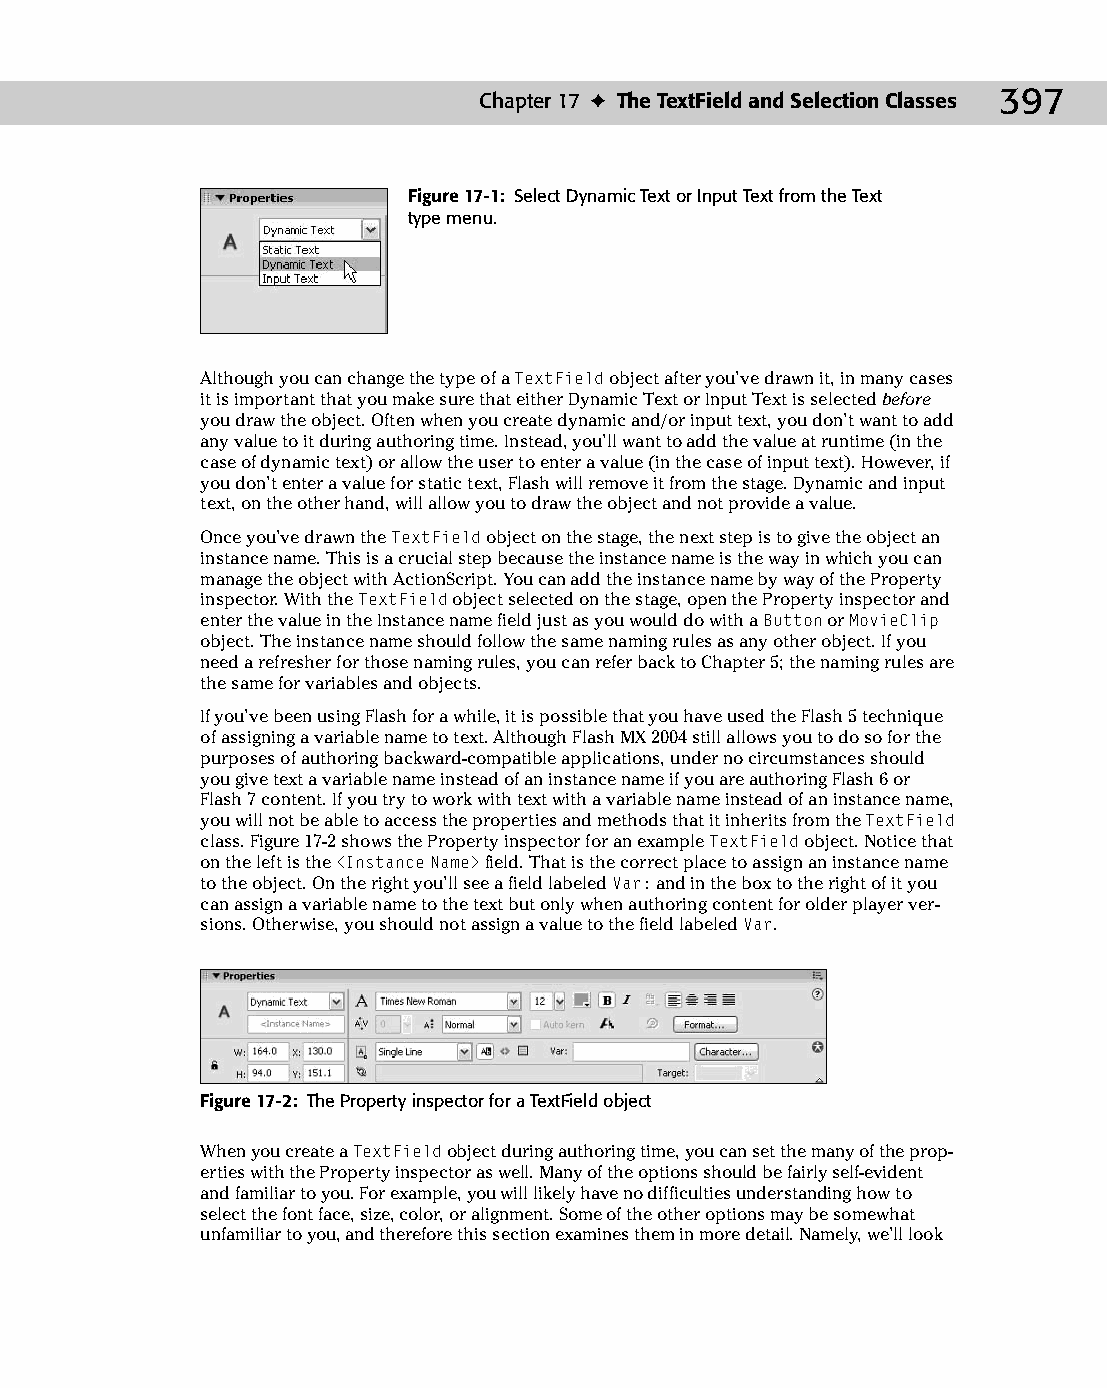
23 543547 ch17.qxd 3/24/04 4:11 PM Page 397
 Chapter 17 ✦ The TextField and Selection Classes 397
 Figure 17-1: Select Dynamic Text or Input Text from the Text
 type menu.
 Although you can change the type of a TextField object after you’ve drawn it, in many cases
 it is important that you make sure that either Dynamic Text or Input Text is selected before
 you draw the object. Often when you create dynamic and/or input text, you don’t want to add
 any value to it during authoring time. Instead, you’ll want to add the value at runtime (in the
 case of dynamic text) or allow the user to enter a value (in the case of input text). However, if
 you don’t enter a value for static text, Flash will remove it from the stage. Dynamic and input
 text, on the other hand, will allow you to draw the object and not provide a value.
 Once you’ve drawn the TextField object on the stage, the next step is to give the object an
 instance name. This is a crucial step because the instance name is the way in which you can
 manage the object with ActionScript. You can add the instance name by way of the Property
 inspector. With the TextField object selected on the stage, open the Property inspector and
 enter the value in the Instance name field just as you would do with a Button or MovieClip
 object. The instance name should follow the same naming rules as any other object. If you
 need a refresher for those naming rules, you can refer back to Chapter 5; the naming rules are
 the same for variables and objects.
 If you’ve been using Flash for a while, it is possible that you have used the Flash 5 technique
 of assigning a variable name to text. Although Flash MX 2004 still allows you to do so for the
 purposes of authoring backward-compatible applications, under no circumstances should
 you give text a variable name instead of an instance name if you are authoring Flash 6 or
 Flash 7 content. If you try to work with text with a variable name instead of an instance name,
 you will not be able to access the properties and methods that it inherits from the TextField
 class. Figure 17-2 shows the Property inspector for an example TextField object. Notice that
 on the left is the <Instance Name> field. That is the correct place to assign an instance name
 to the object. On the right you’ll see a field labeled Var: and in the box to the right of it you
 can assign a variable name to the text but only when authoring content for older player ver­
 sions. Otherwise, you should not assign a value to the field labeled Var.
 Figure 17-2: The Property inspector for a TextField object
 When you create a TextField object during authoring time, you can set the many of the prop­
 erties with the Property inspector as well. Many of the options should be fairly self-evident
 and familiar to you. For example, you will likely have no difficulties understanding how to
 select the font face, size, color, or alignment. Some of the other options may be somewhat
 unfamiliar to you, and therefore this section examines them in more detail. Namely, we’ll look